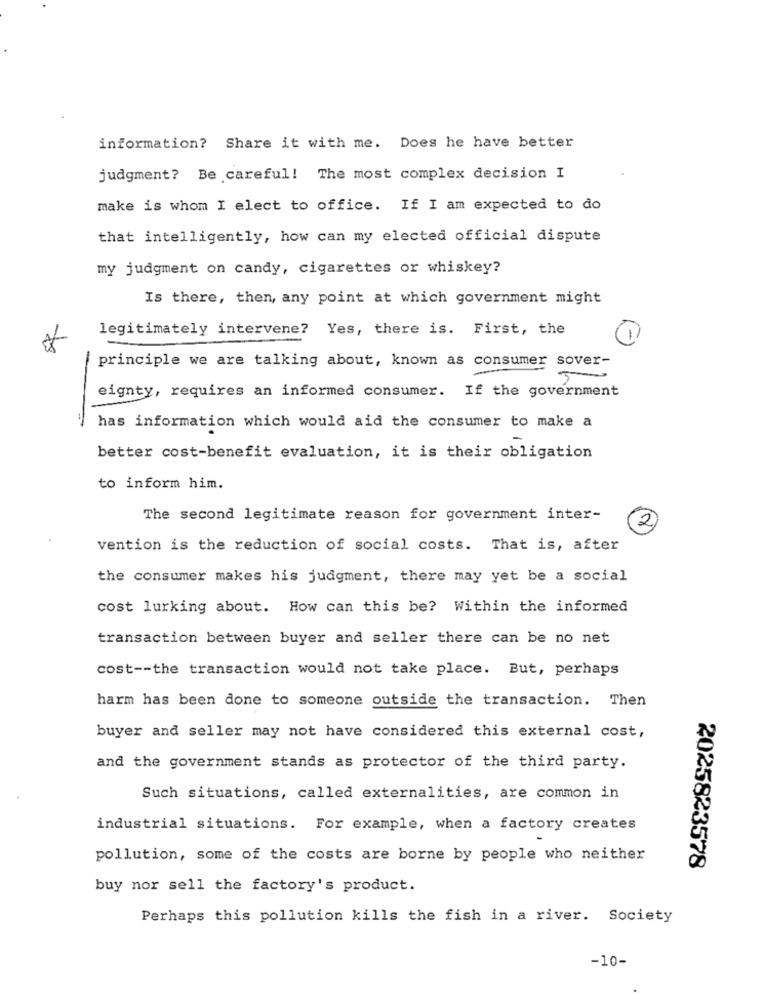
information? Share it with me. Does he have better
judgment? Be careful! The most complex decision I
make is whom I elect to office. If I am expected to do
that intelligently, how can my elected official dispute
my judgment on candy, cigarettes or whiskey?
Is there, then, any point at which government might
legitimately intervene? Yes, there is. First, the
principle we are talking about, known as consumer sover-
5
eignty, requires an informed consumer. If the government
has information which would aid the consumer to make a
better cost-benefit evaluation, it is their obligation
to inform him.
The second legitimate reason for government inter-
2
vention is the reduction of social costs. That is, after
the consumer makes his judgment, there may yet be a social
cost lurking about. How can this be? Within the informed
transaction between buyer and seller there can be no net
cost -- the transaction would not take place. But, perhaps
harm has been done to someone outside the transaction. Then
buyer and seller may not have considered this external cost,
and the government stands as protector of the third party.
Such situations, called externalities, are common in
industrial situations. For example, when a factory creates
pollution, some of the costs are borne by people who neither
2025823578
buy nor sell the factory's product.
Perhaps this pollution kills the fish in a river. Society
-10-